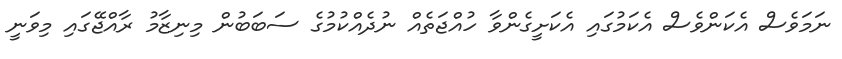
ނަމަވެސް އެކަންވެސް އެކަމުގައި އެކަށީގެންވާ ހުއްޖަތެއް ނުދެއްކުމުގެ ސަބަބުން މިނިޒާމު ރާއްޖޭގައި މިވަނީ